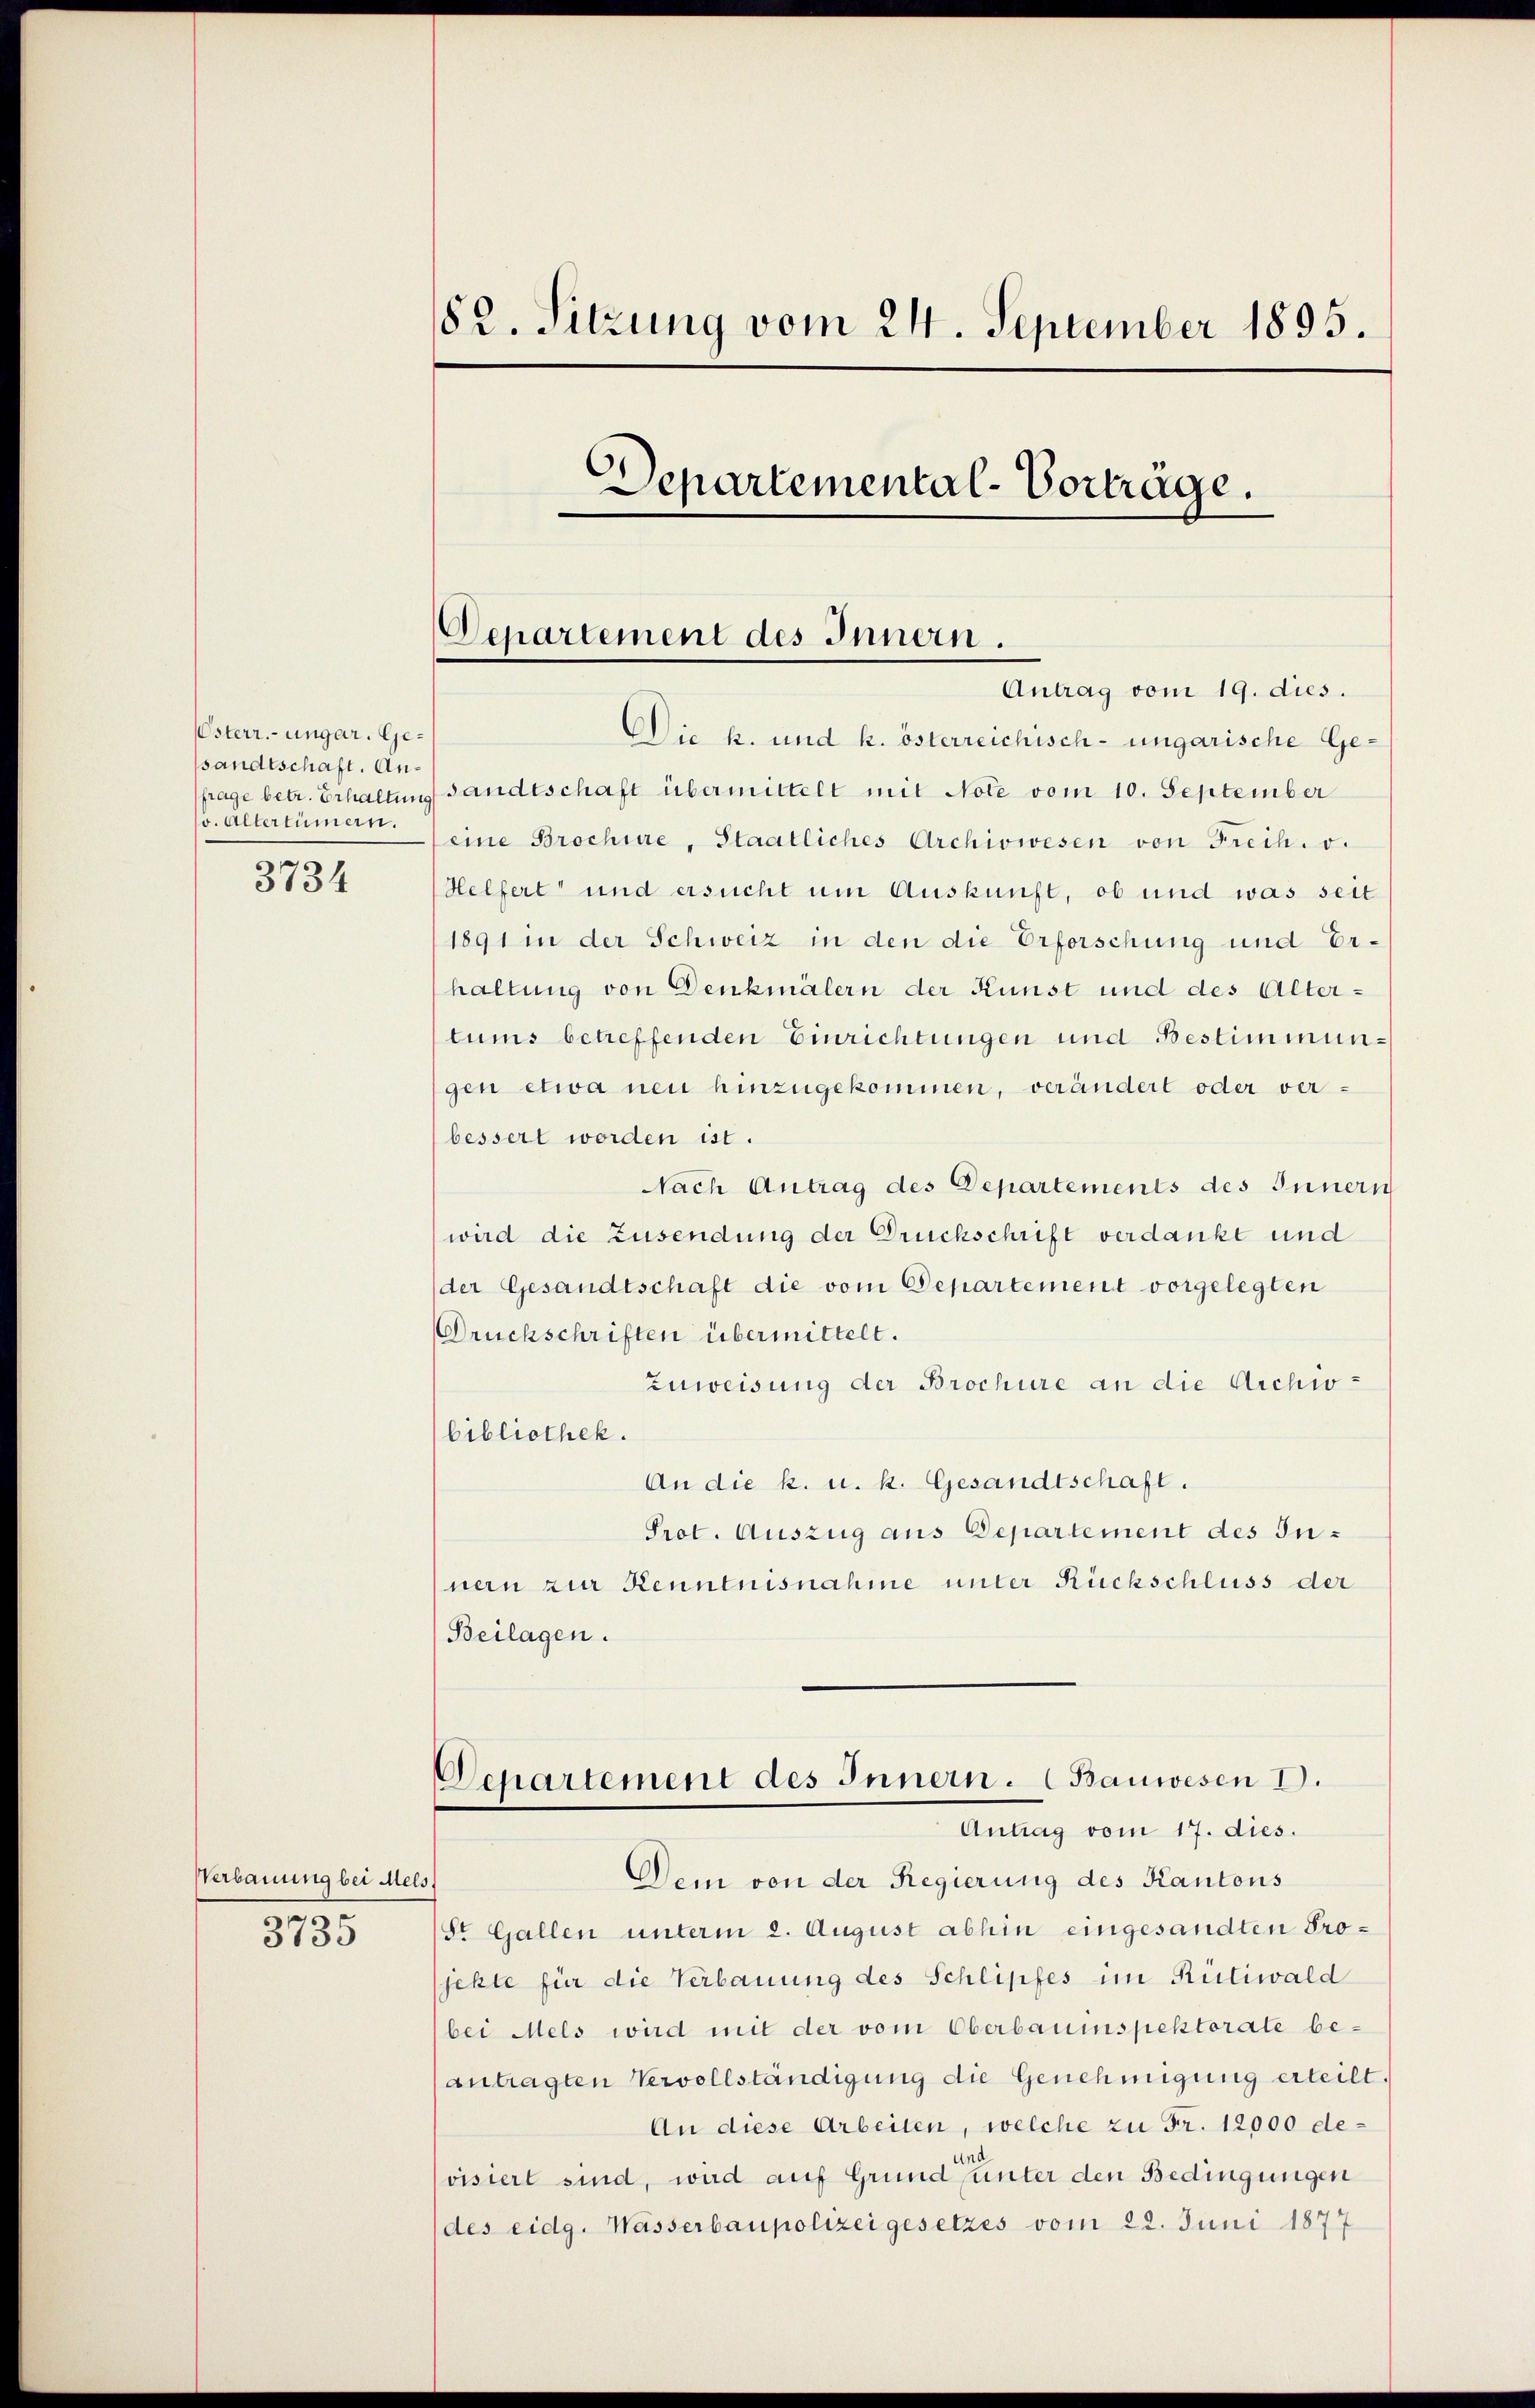
Osterr.-ungar. Gesandtschaft. Anv. Altertümern.

3734

Verbauung bei Mels,
3735

82. Sitzung vom 24. September 1895.
Departemental-Vorträge.

Departement des Innern.

Antrag vom 19. dies.
Die k. und k. österreichisch-ungarische Ge-
frage betr. Erhaltung sandtschaft übermittelt mit Note vom 10. September
eine Brochüre, Staatliches Archiowesen von Freih. v.
Helfert und ersucht um Auskunft, ob und was seit
1891 in der Schweiz in den die Erforschung und Erhaltung von Denkmälern der Kunst und des Altertums betreffenden Einrichtungen und Bestimmungen etwa neu hinzugekommen, verändert oder verbessert worden ist.
Nach Antrag des Departements des Innern
wird die Zusendung der Druckschrift verdankt und
der Gesandtschaft die vom Departement vorgelegten
Druckschriften übermittelt.
Zuweisung der Brochüre an die Archiv-
bibliothek.
An die k. u. k. Gesandtschaft.
Prot. Auszug aus Departement des Innern zur Kenntnisnahme unter Rückschluss der
Beilagen.
Departement des Innern. (Bauwesen I.
Antrag vom 17. dies.
Dein von der Regierung des Kantons
St. Gallen unterm 2. August abhin eingesandten Projekte für die Verbauung des Schlipfes im Rütiwald
bei Mels wird mit der vom Oberbauinspektorate beantragten Vervollständigung die Genehmigung erteilt.
An diese Arbeiten, welche zu Fr. 12000 de¬
.
svisiert sind, wird auf Grund unter den Bedingungen
(des eidg. Wasserbaupolizei gesetzes vom 22. Juni 1877